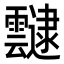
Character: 靆